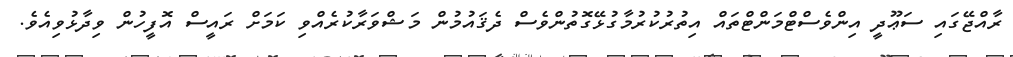
ރާއްޖޭގައި ސަޢޫދީ އިންވެސްޓްމަންޓްތައް އިތުރުކުރުމާގުޅޭގޮތުންވެސް ދެޤައުމުން މަޝްވަރާކުރެއްވި ކަމަށް ރައީސް އޮފީހުން ވިދާޅުވިއެވެ.